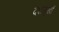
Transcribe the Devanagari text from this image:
दशमुखों